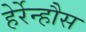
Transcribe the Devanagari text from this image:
हेर्रेन्हौस